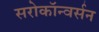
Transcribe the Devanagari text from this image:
सरोकॉन्वर्सन